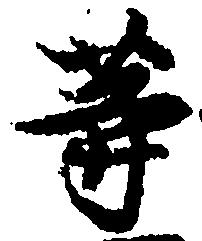
等